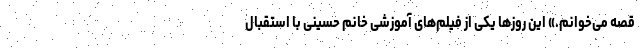
قصه‌ می‌خوانم.» این روزها یکی از فیلم‌های آموزشی خانم حسینی با استقبال